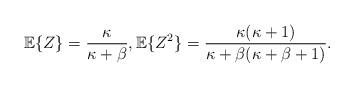
LaTeX: \begin{align*} \mathbb{E}\{Z\}=\frac{\kappa}{\kappa+\beta}, \mathbb{E}\{Z^2\}=\frac{\kappa(\kappa+1)}{\kappa+\beta(\kappa+\beta+1)}.\end{align*}